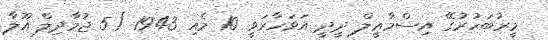
މީރުބަހުރުގޭ އިސްމާޢީލް ދީދީ އަވަހާރަވީ 10 މެއި 1943 (5 ޖުމާދިލް އޫލާ